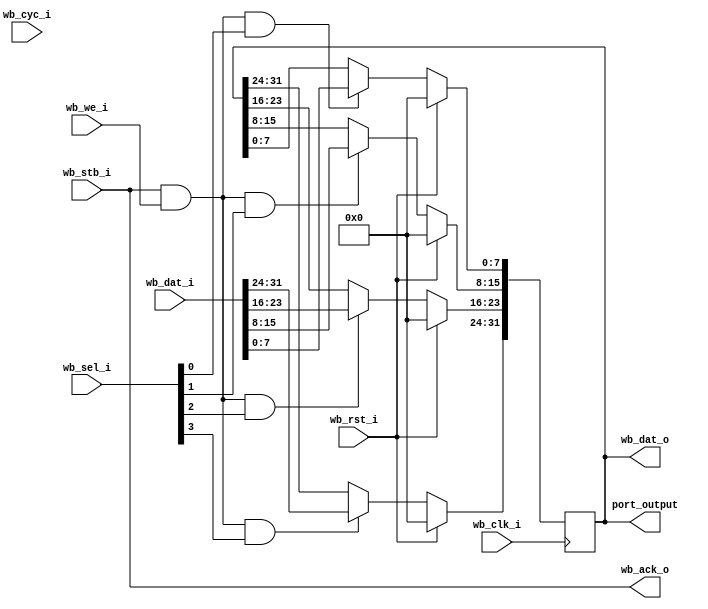
//
// Copyright 2011 Ettus Research LLC
//
// This program is free software: you can redistribute it and/or modify
// it under the terms of the GNU General Public License as published by
// the Free Software Foundation, either version 3 of the License, or
// (at your option) any later version.
//
// This program is distributed in the hope that it will be useful,
// but WITHOUT ANY WARRANTY; without even the implied warranty of
// MERCHANTABILITY or FITNESS FOR A PARTICULAR PURPOSE.  See the
// GNU General Public License for more details.
//
// You should have received a copy of the GNU General Public License
// along with this program.  If not, see <http://www.gnu.org/licenses/>.
//



// Simple 32-bit Wishbone compatible slave output port
// with 8-bit granularity, modeled after the one in the spec
// Allows for readback
// Assumes a 32-bit wishbone bus
// Lowest order bits get sel[0]
//

module wb_output_pins32
  (wb_rst_i, wb_clk_i, wb_dat_i, wb_dat_o,
   wb_we_i, wb_sel_i, wb_stb_i, wb_ack_o, wb_cyc_i,
   port_output);

   input wb_rst_i;
   input wb_clk_i;
   input wire [31:0] wb_dat_i;
   output wire [31:0] wb_dat_o;
   input  wb_we_i;
   input  wire [3:0] 	 wb_sel_i;
   input  wb_stb_i;
   output wb_ack_o;
   input  wb_cyc_i;

   output wire [31:0] port_output;

   reg [31:0] internal_reg;

   always @(posedge wb_clk_i)
     if(wb_rst_i)
       internal_reg <= #1 32'b0;
     else
       begin
	  if(wb_stb_i & wb_we_i & wb_sel_i[0])
	    internal_reg[7:0] <= #1 wb_dat_i[7:0];
	  if(wb_stb_i & wb_we_i & wb_sel_i[1])
	    internal_reg[15:8] <= #1 wb_dat_i[15:8];
	  if(wb_stb_i & wb_we_i & wb_sel_i[2])
	    internal_reg[23:16] <= #1 wb_dat_i[23:16];
	  if(wb_stb_i & wb_we_i & wb_sel_i[3])
	    internal_reg[31:24] <= #1 wb_dat_i[31:24];
       end // else: !if(wb_rst_i)

   assign wb_dat_o = internal_reg;
   assign port_output = internal_reg;
   assign wb_ack_o = wb_stb_i;
   	     
endmodule // wb_output_pins32